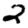
Digit: 2